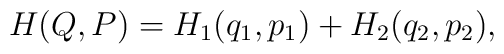
H(Q,P)=H_1(q_1,p_1)+H_2(q_2,p_2),